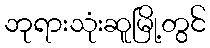
ဘုရားသုံးဆူမြို့တွင်